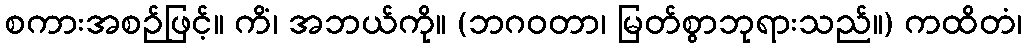
စကားအစဉ်ဖြင့်။ ကိံ၊ အဘယ်ကို။ (ဘဂဝတာ၊ မြတ်စွာဘုရားသည်။) ကထိတံ၊